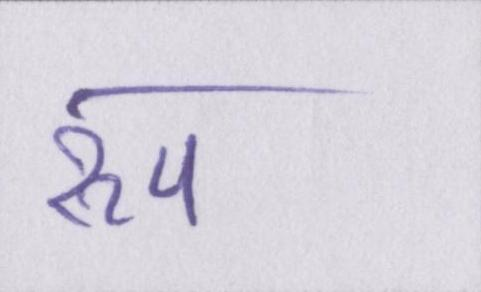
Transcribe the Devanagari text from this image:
रुप